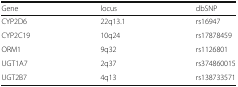
| Gene | locus | dbSNP |
 | --- | --- | --- |
 | CYP2D6 | 22q13.1 | rs16947 |
 | CYP2C19 | 10q24 | rs17878459 |
 | ORM1 | 9q32 | rs1126801 |
 | UGT1A7 | 2q37 | rs374860015 |
 | UGT2B7 | 4q13 | rs138733571 |